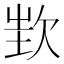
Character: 𣢫